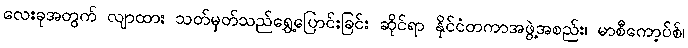
လေးခုအတွက် လျာထား သတ်မှတ်သည်ရွှေ့ပြောင်းခြင်း ဆိုင်ရာ နိုင်ငံတကာအဖွဲ့အစည်း၊ မာစီကော့ပ်စ်၊